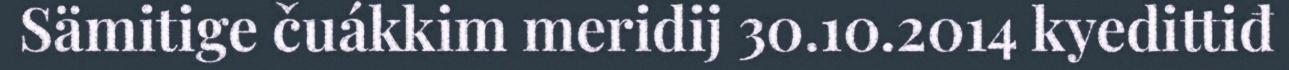
Sämitige čuákkim meridij 30.10.2014 kyedittiđ